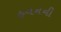
હવનની